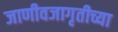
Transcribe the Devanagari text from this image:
जाणीवजागृतीच्या